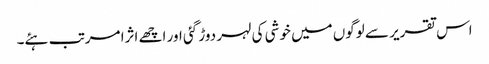
اس تقریر سے لوگوں میں خوشی کی لہر دوڑ گئی اور اچھے اثرا مرتب ہئے۔